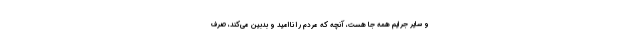
و سایر جرایم همه جا هست، آنچه که مردم را ناامید و بدبین می‌کند، صرف